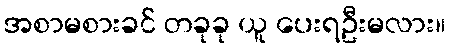
အစာမစားခင် တခုခု ယူ ပေးရဦးမလား။